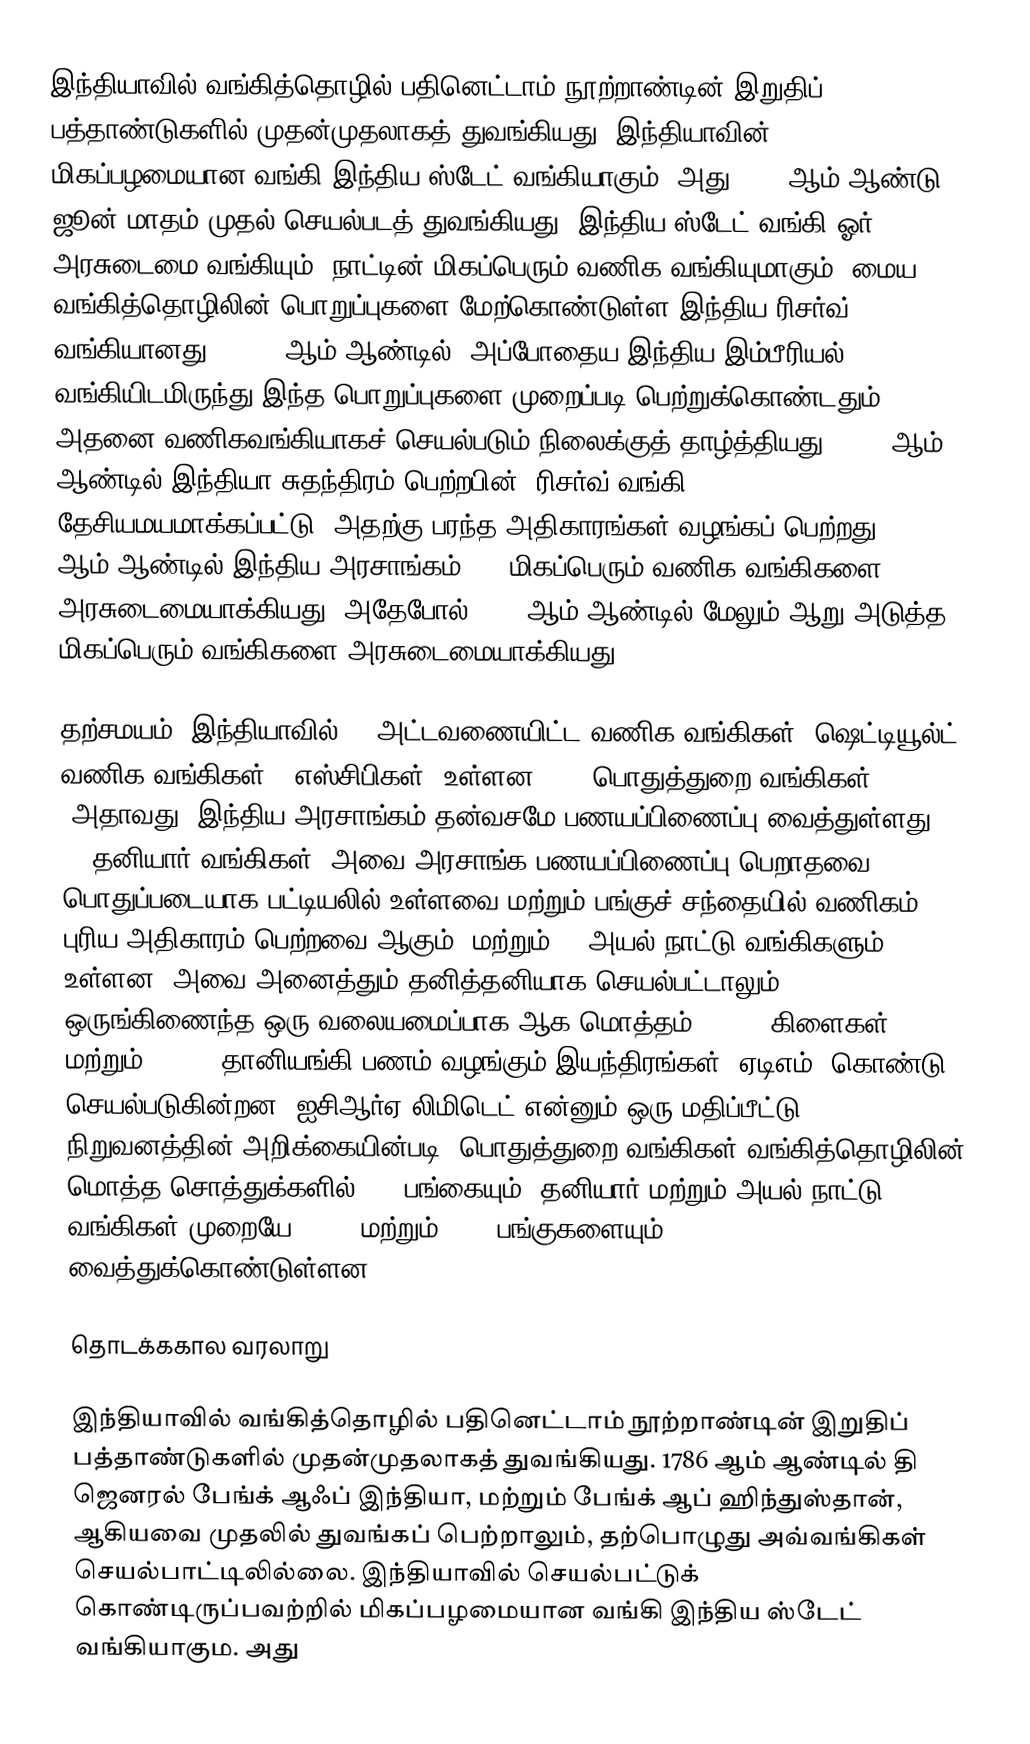
இந்தியாவில் வங்கித்தொழில் பதினெட்டாம் நூற்றாண்டின்  இறுதிப் பத்தாண்டுகளில் முதன்முதலாகத் துவங்கியது. இந்தியாவின் மிகப்பழமையான வங்கி இந்திய ஸ்டேட் வங்கியாகும், அது 1806 ஆம் ஆண்டு ஜூன் மாதம் முதல் செயல்படத் துவங்கியது. இந்திய ஸ்டேட் வங்கி ஓர் அரசுடைமை வங்கியும், நாட்டின் மிகப்பெரும் வணிக வங்கியுமாகும். மைய வங்கித்தொழிலின் பொறுப்புகளை மேற்கொண்டுள்ள இந்திய ரிசர்வ் வங்கியானது , 1935 ஆம் ஆண்டில், அப்போதைய இந்திய இம்பீரியல் வங்கியிடமிருந்து இந்த பொறுப்புகளை முறைப்படி பெற்றுக்கொண்டதும், அதனை வணிகவங்கியாகச் செயல்படும் நிலைக்குத் தாழ்த்தியது. 1947 ஆம் ஆண்டில் இந்தியா சுதந்திரம் பெற்றபின், ரிசர்வ் வங்கி தேசியமயமாக்கப்பட்டு, அதற்கு பரந்த அதிகாரங்கள் வழங்கப் பெற்றது.  1969 ஆம் ஆண்டில் இந்திய அரசாங்கம், 14 மிகப்பெரும் வணிக வங்கிகளை அரசுடைமையாக்கியது; அதேபோல் 1980 ஆம் ஆண்டில் மேலும் ஆறு அடுத்த மிகப்பெரும் வங்கிகளை அரசுடைமையாக்கியது.

தற்சமயம், இந்தியாவில் 96 அட்டவணையிட்ட வணிக வங்கிகள் (ஷெட்டியூல்ட் வணிக வங்கிகள்) (எஸ்சிபிகள்) உள்ளன - 27 பொதுத்துறை வங்கிகள் (அதாவது, இந்திய அரசாங்கம் தன்வசமே பணயப்பிணைப்பு வைத்துள்ளது), 31 தனியார் வங்கிகள் (அவை அரசாங்க பணயப்பிணைப்பு பெறாதவை;  பொதுப்படையாக பட்டியலில் உள்ளவை மற்றும் பங்குச் சந்தையில் வணிகம் புரிய அதிகாரம் பெற்றவை ஆகும்) மற்றும் 38 அயல் நாட்டு  வங்கிகளும் உள்ளன. அவை அனைத்தும் தனித்தனியாக செயல்பட்டாலும், ஒருங்கிணைந்த ஒரு வலையமைப்பாக ஆக மொத்தம் 53,000 கிளைகள் மற்றும் 17,000 தானியங்கி பணம் வழங்கும் இயந்திரங்கள் (ஏடிஎம்) கொண்டு செயல்படுகின்றன. ஐசிஆர்ஏ லிமிடெட் என்னும் ஒரு மதிப்பீட்டு நிறுவனத்தின் அறிக்கையின்படி, பொதுத்துறை வங்கிகள் வங்கித்தொழிலின் மொத்த சொத்துக்களில் 75% பங்கையும், தனியார் மற்றும் அயல் நாட்டு வங்கிகள் முறையே 18.2% மற்றும் 6.5% பங்குகளையும் வைத்துக்கொண்டுள்ளன.

தொடக்ககால வரலாறு

இந்தியாவில் வங்கித்தொழில் பதினெட்டாம் நூற்றாண்டின்  இறுதிப் பத்தாண்டுகளில் முதன்முதலாகத் துவங்கியது. 1786 ஆம் ஆண்டில் தி ஜெனரல் பேங்க் ஆஃப் இந்தியா, மற்றும் பேங்க் ஆப் ஹிந்துஸ்தான், ஆகியவை முதலில் துவங்கப் பெற்றாலும், தற்பொழுது அவ்வங்கிகள் செயல்பாட்டிலில்லை. இந்தியாவில் செயல்பட்டுக் கொண்டிருப்பவற்றில் மிகப்பழமையான வங்கி இந்திய ஸ்டேட் வங்கியாகும. அது